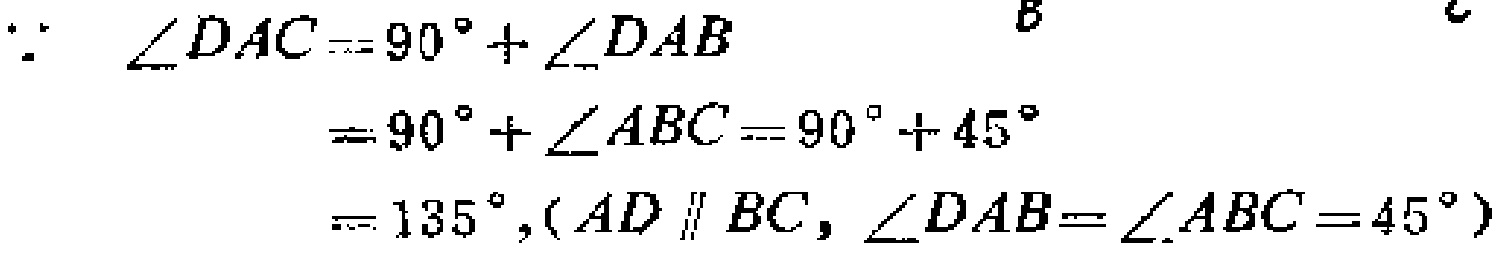
\(\because \angle DAC = 90^{\circ}+\angle DAB\)
\(=90^{\circ}+\angle ABC = 90^{\circ}+45^{\circ}\)
\(=135^{\circ},(AD\parallel BC, \angle DAB=\angle ABC = 45^{\circ})\)